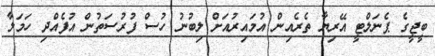
ބީޖީގެ ޕެނަލްޓީ އޭރިޔާ ތެރެއިން އުމައިރުއަށް ލިބުނު ހުސް ފުރުސަތުން އުފެއްދި ހަމަލާ